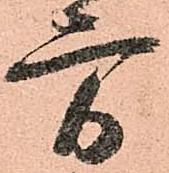
方